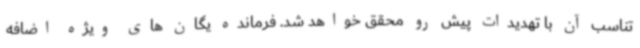
تناسب آن با تهدیدات پیش رو محقق خواهد شد. فرمانده یگان های ویژه اضافه